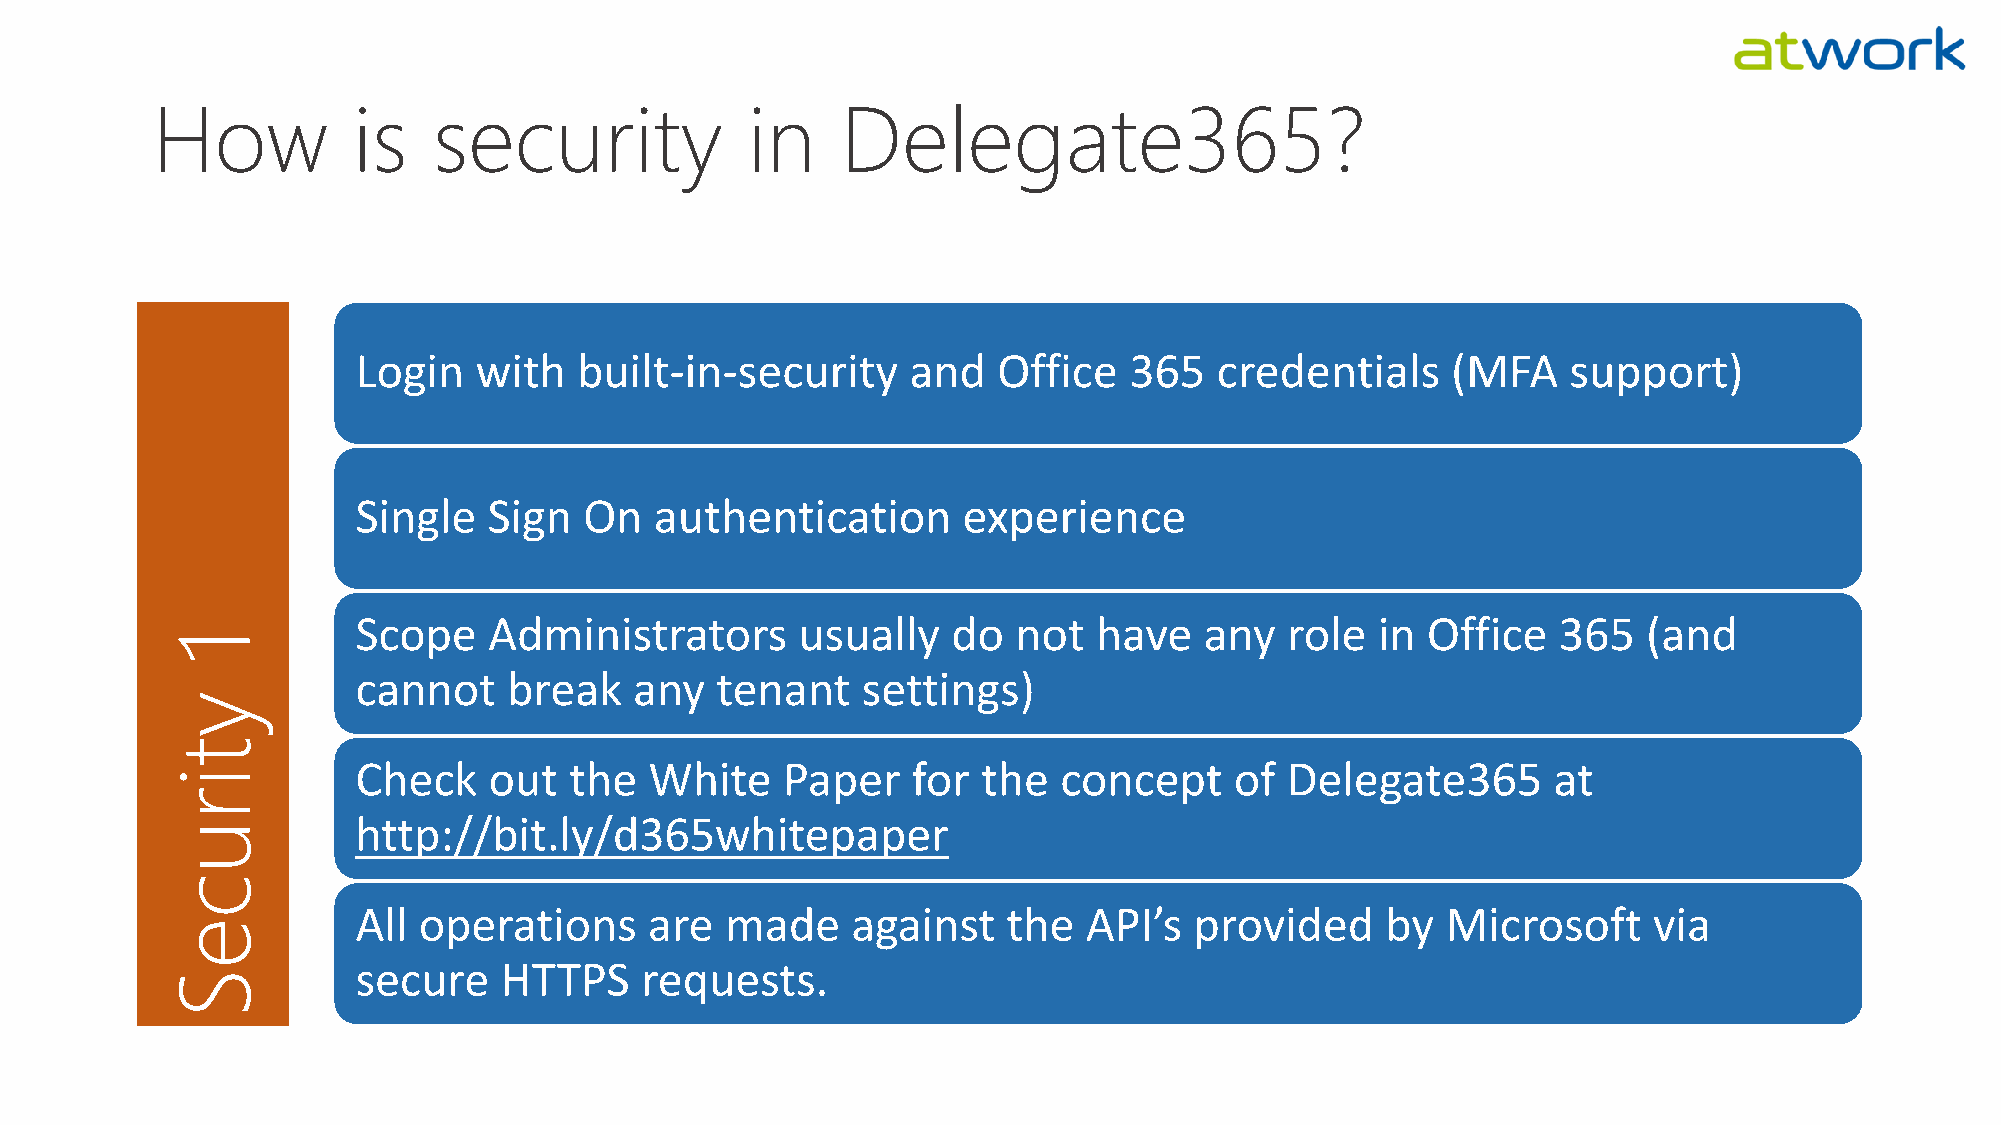
How          is    security            in     Delegate365?
 Login  with   built-in-security     and   Office   365   credentials    (MFA    support)
 Single  Sign   On  authentication       experience
 Scope   Administrators       usually   do  not   have   any  role  in Office   365   (and
 1
 cannot    break   any  tenant    settings)
 y
 t
 Check   out   the  White    Paper   for  the  concept     of Delegate365       at
 i
 r
 http://bit.ly/d365whitepaper
 u
 c
 All operations     are  made    against    the  API’s  provided     by  Microsoft    via
 e
 secure   HTTPS    requests.
 S